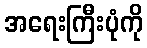
အရေးကြီးပုံကို